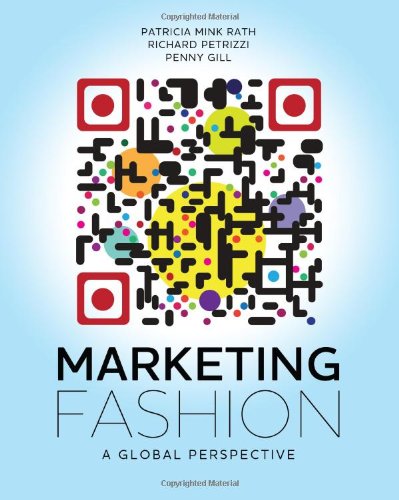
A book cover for Marketing Fashion: A Global Perspective; Patricia Mink Rath; Business & Money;